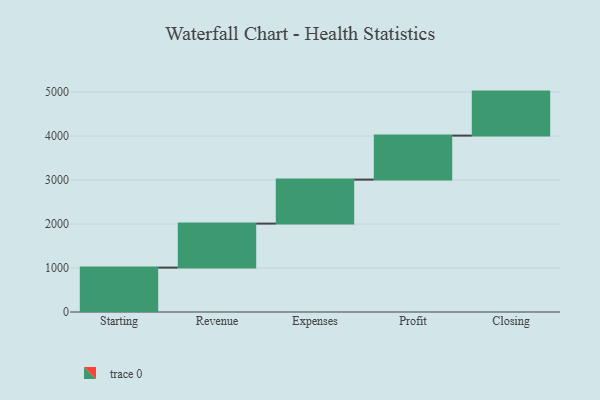
{"axis": {"x": "Step", "y": "Value"}, "legend": [""], "data": [{"x": "Starting", "y": 1009.0, "type": ""}, {"x": "Revenue", "y": 1000, "type": ""}, {"x": "Expenses", "y": 1000, "type": ""}, {"x": "Profit", "y": 1000, "type": ""}, {"x": "Closing", "y": 1000, "type": ""}]}